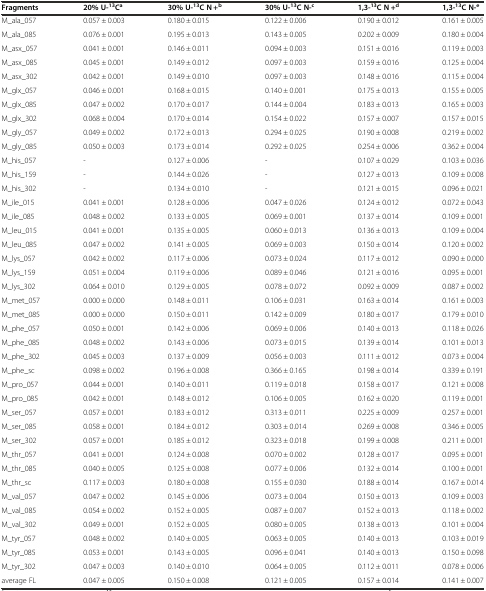
<table><thead><tr><td><b>Fragments</b></td><td><b>20% U-<sup>13</sup>C<sup>a</sup></b></td><td><b>30% U-<sup>13</sup>C N +<sup>b</sup></b></td><td><b>30% U-<sup>13</sup>C N-<sup>c</sup></b></td><td><b>1,3-<sup>13</sup>C N +<sup>d</sup></b></td><td><b>1,3-<sup>13</sup>C N-<sup>e</sup></b></td></tr></thead><tbody><tr><td>M_ala_057</td><td>0.057 ± 0.003</td><td>0.180 ± 0.015</td><td>0.122 ± 0.006</td><td>0.190 ± 0.012</td><td>0.161 ± 0.005</td></tr><tr><td>M_ala_085</td><td>0.076 ± 0.001</td><td>0.195 ± 0.013</td><td>0.143 ± 0.005</td><td>0.202 ± 0.009</td><td>0.180 ± 0.004</td></tr><tr><td>M_asx_057</td><td>0.041 ± 0.001</td><td>0.146 ± 0.011</td><td>0.094 ± 0.003</td><td>0.151 ± 0.016</td><td>0.119 ± 0.003</td></tr><tr><td>M_asx_085</td><td>0.045 ± 0.001</td><td>0.149 ± 0.012</td><td>0.097 ± 0.003</td><td>0.159 ± 0.016</td><td>0.125 ± 0.004</td></tr><tr><td>M_asx_302</td><td>0.042 ± 0.001</td><td>0.149 ± 0.010</td><td>0.097 ± 0.003</td><td>0.148 ± 0.016</td><td>0.115 ± 0.004</td></tr><tr><td>M_glx_057</td><td>0.046 ± 0.001</td><td>0.168 ± 0.015</td><td>0.140 ± 0.001</td><td>0.175 ± 0.013</td><td>0.155 ± 0.005</td></tr><tr><td>M_glx_085</td><td>0.047 ± 0.002</td><td>0.170 ± 0.017</td><td>0.144 ± 0.004</td><td>0.183 ± 0.013</td><td>0.165 ± 0.003</td></tr><tr><td>M_glx_302</td><td>0.068 ± 0.004</td><td>0.170 ± 0.014</td><td>0.154 ± 0.022</td><td>0.157 ± 0.007</td><td>0.157 ± 0.015</td></tr><tr><td>M_gly_057</td><td>0.049 ± 0.002</td><td>0.172 ± 0.013</td><td>0.294 ± 0.025</td><td>0.190 ± 0.008</td><td>0.219 ± 0.002</td></tr><tr><td>M_gly_085</td><td>0.050 ± 0.003</td><td>0.173 ± 0.014</td><td>0.292 ± 0.025</td><td>0.254 ± 0.006</td><td>0.362 ± 0.004</td></tr><tr><td>M_his_057</td><td>-</td><td>0.127 ± 0.006</td><td>-</td><td>0.107 ± 0.029</td><td>0.103 ± 0.036</td></tr><tr><td>M_his_159</td><td>-</td><td>0.144 ± 0.026</td><td>-</td><td>0.127 ± 0.013</td><td>0.109 ± 0.008</td></tr><tr><td>M_his_302</td><td>-</td><td>0.134 ± 0.010</td><td>-</td><td>0.121 ± 0.015</td><td>0.096 ± 0.021</td></tr><tr><td>M_ile_015</td><td>0.041 ± 0.001</td><td>0.128 ± 0.006</td><td>0.047 ± 0.026</td><td>0.124 ± 0.012</td><td>0.072 ± 0.043</td></tr><tr><td>M_ile_085</td><td>0.048 ± 0.002</td><td>0.133 ± 0.005</td><td>0.069 ± 0.001</td><td>0.137 ± 0.014</td><td>0.109 ± 0.001</td></tr><tr><td>M_leu_015</td><td>0.041 ± 0.001</td><td>0.135 ± 0.005</td><td>0.060 ± 0.013</td><td>0.136 ± 0.013</td><td>0.109 ± 0.004</td></tr><tr><td>M_leu_085</td><td>0.047 ± 0.002</td><td>0.141 ± 0.005</td><td>0.069 ± 0.003</td><td>0.150 ± 0.014</td><td>0.120 ± 0.002</td></tr><tr><td>M_lys_057</td><td>0.042 ± 0.002</td><td>0.117 ± 0.006</td><td>0.073 ± 0.024</td><td>0.117 ± 0.012</td><td>0.090 ± 0.000</td></tr><tr><td>M_lys_159</td><td>0.051 ± 0.004</td><td>0.119 ± 0.006</td><td>0.089 ± 0.046</td><td>0.121 ± 0.016</td><td>0.095 ± 0.001</td></tr><tr><td>M_lys_302</td><td>0.064 ± 0.010</td><td>0.129 ± 0.005</td><td>0.078 ± 0.072</td><td>0.092 ± 0.009</td><td>0.087 ± 0.002</td></tr><tr><td>M_met_057</td><td>0.000 ± 0.000</td><td>0.148 ± 0.011</td><td>0.106 ± 0.031</td><td>0.163 ± 0.014</td><td>0.161 ± 0.003</td></tr><tr><td>M_met_085</td><td>0.000 ± 0.000</td><td>0.150 ± 0.011</td><td>0.142 ± 0.009</td><td>0.180 ± 0.017</td><td>0.179 ± 0.010</td></tr><tr><td>M_phe_057</td><td>0.050 ± 0.001</td><td>0.142 ± 0.006</td><td>0.069 ± 0.006</td><td>0.140 ± 0.013</td><td>0.118 ± 0.026</td></tr><tr><td>M_phe_085</td><td>0.048 ± 0.002</td><td>0.143 ± 0.006</td><td>0.073 ± 0.015</td><td>0.139 ± 0.014</td><td>0.101 ± 0.013</td></tr><tr><td>M_phe_302</td><td>0.045 ± 0.003</td><td>0.137 ± 0.009</td><td>0.056 ± 0.003</td><td>0.111 ± 0.012</td><td>0.073 ± 0.004</td></tr><tr><td>M_phe_sc</td><td>0.098 ± 0.002</td><td>0.196 ± 0.008</td><td>0.366 ± 0.165</td><td>0.198 ± 0.014</td><td>0.339 ± 0.191</td></tr><tr><td>M_pro_057</td><td>0.044 ± 0.001</td><td>0.140 ± 0.011</td><td>0.119 ± 0.018</td><td>0.158 ± 0.017</td><td>0.121 ± 0.008</td></tr><tr><td>M_pro_085</td><td>0.042 ± 0.001</td><td>0.148 ± 0.012</td><td>0.106 ± 0.005</td><td>0.162 ± 0.020</td><td>0.119 ± 0.001</td></tr><tr><td>M_ser_057</td><td>0.057 ± 0.001</td><td>0.183 ± 0.012</td><td>0.313 ± 0.011</td><td>0.225 ± 0.009</td><td>0.257 ± 0.001</td></tr><tr><td>M_ser_085</td><td>0.058 ± 0.001</td><td>0.184 ± 0.012</td><td>0.303 ± 0.014</td><td>0.269 ± 0.008</td><td>0.346 ± 0.005</td></tr><tr><td>M_ser_302</td><td>0.057 ± 0.001</td><td>0.185 ± 0.012</td><td>0.323 ± 0.018</td><td>0.199 ± 0.008</td><td>0.211 ± 0.001</td></tr><tr><td>M_thr_057</td><td>0.041 ± 0.001</td><td>0.124 ± 0.008</td><td>0.070 ± 0.002</td><td>0.128 ± 0.017</td><td>0.095 ± 0.001</td></tr><tr><td>M_thr_085</td><td>0.040 ± 0.005</td><td>0.125 ± 0.008</td><td>0.077 ± 0.006</td><td>0.132 ± 0.014</td><td>0.100 ± 0.001</td></tr><tr><td>M_thr_sc</td><td>0.117 ± 0.003</td><td>0.180 ± 0.008</td><td>0.155 ± 0.030</td><td>0.188 ± 0.014</td><td>0.167 ± 0.014</td></tr><tr><td>M_val_057</td><td>0.047 ± 0.002</td><td>0.145 ± 0.006</td><td>0.073 ± 0.004</td><td>0.150 ± 0.013</td><td>0.109 ± 0.003</td></tr><tr><td>M_val_085</td><td>0.054 ± 0.002</td><td>0.152 ± 0.005</td><td>0.087 ± 0.007</td><td>0.152 ± 0.013</td><td>0.118 ± 0.002</td></tr><tr><td>M_val_302</td><td>0.049 ± 0.001</td><td>0.152 ± 0.005</td><td>0.080 ± 0.005</td><td>0.138 ± 0.013</td><td>0.101 ± 0.004</td></tr><tr><td>M_tyr_057</td><td>0.048 ± 0.002</td><td>0.140 ± 0.005</td><td>0.063 ± 0.005</td><td>0.140 ± 0.013</td><td>0.103 ± 0.019</td></tr><tr><td>M_tyr_085</td><td>0.053 ± 0.001</td><td>0.143 ± 0.005</td><td>0.096 ± 0.041</td><td>0.140 ± 0.013</td><td>0.150 ± 0.098</td></tr><tr><td>M_tyr_302</td><td>0.047 ± 0.003</td><td>0.140 ± 0.010</td><td>0.064 ± 0.005</td><td>0.112 ± 0.011</td><td>0.078 ± 0.006</td></tr><tr><td>average FL</td><td>0.047 ± 0.005</td><td>0.150 ± 0.008</td><td>0.121 ± 0.005</td><td>0.157 ± 0.014</td><td>0.141 ± 0.007</td></tr></tbody></table>